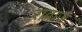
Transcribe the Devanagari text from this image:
रावाज